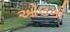
ઓલખી